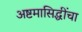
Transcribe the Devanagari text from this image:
अष्टमासिद्धींचा